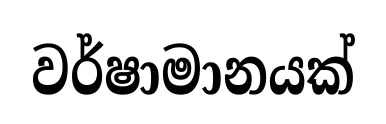
වර්ෂාමානයක්